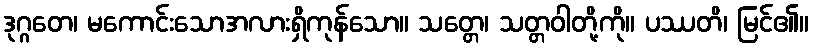
ဒုဂ္ဂတေ၊ မကောင်းသောအလားရှိကုန်သော။ သတ္တေ၊ သတ္တဝါတို့ကို။ ပဿတိ၊ မြင်၏။